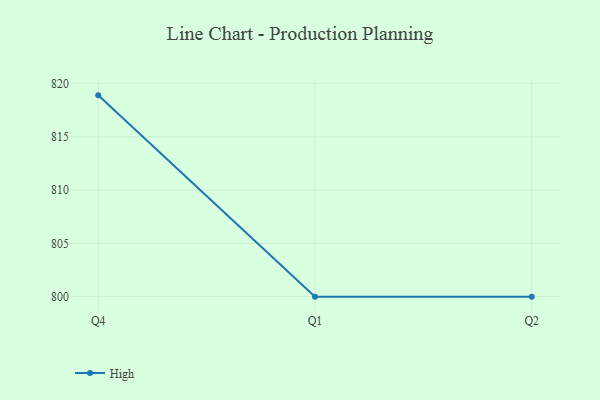
{"axis": {"x": "Quarter", "y": "Tickets Resolved"}, "legend": ["High"], "data": [{"x": "Q4", "y": 818.9, "type": "High"}, {"x": "Q1", "y": 800, "type": "High"}, {"x": "Q2", "y": 800, "type": "High"}]}